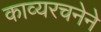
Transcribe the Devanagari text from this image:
काव्यरचनेने